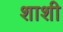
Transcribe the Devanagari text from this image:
शाशी